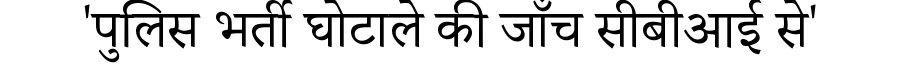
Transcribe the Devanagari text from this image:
'पुलिस भर्ती घोटाले की जाँच सीबीआई से'